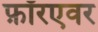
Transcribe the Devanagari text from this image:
फ़ॉरएवर